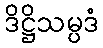
ဒိဋ္ဌိသမ္ပဒံ